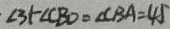
\angle 3 + \angle C B D = \angle C B A = 4 5